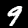
Label: 9